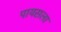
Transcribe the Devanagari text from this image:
पायसला